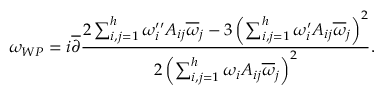
\omega _ { W P } = i \overline { { \partial } } { \frac { 2 \sum _ { i , j = 1 } ^ { h } \omega _ { i } ^ { \prime \prime } A _ { i j } \overline { { \omega } } _ { j } - 3 \left( \sum _ { i , j = 1 } ^ { h } \omega _ { i } ^ { \prime } A _ { i j } \overline { { \omega } } _ { j } \right) ^ { 2 } } { 2 \left( \sum _ { i , j = 1 } ^ { h } \omega _ { i } A _ { i j } \overline { { \omega } } _ { j } \right) ^ { 2 } } } .